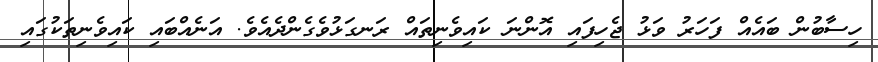
ހިސާބުން ބައެއް ފަހަރު ވަޅު ޖެހިފައި އޮންނަ ކައިވެނިތައް ރަނގަޅުވެގެންދެއެވެ. އަނެއްބައި ކައިވެނިތަކުގައި